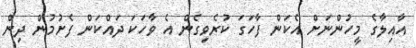
އާއިލާގެ މީހުންނަށް އެކަން ފާހަގަ ކުރެވިގެން އެ ވާހަކަ ދައްކަން ފެށުމުން ދިން